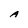
Character: A